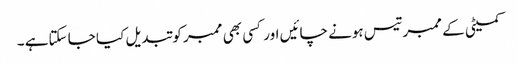
کمیٹی کے ممبرتیس ہونے چائیں اور کسی بھی ممبر کو تبدیل کیا جا سکتاہے ۔